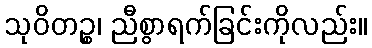
သုဝိတဉ္စ၊ ညီစွာရက်ခြင်းကိုလည်း။